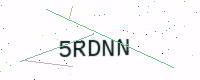
Text: 5RDNN